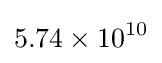
5.74\times 10^{10}